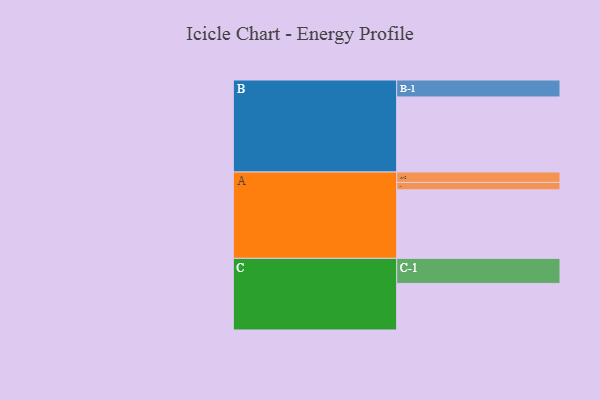
{"axis": {"x": "Segment", "y": "Value"}, "legend": ["", "A", "B", "C"], "data": [{"x": "A", "y": 481, "type": ""}, {"x": "B", "y": 527, "type": ""}, {"x": "C", "y": 327, "type": ""}, {"x": "A-1", "y": 52, "type": "A"}, {"x": "A-2", "y": 73, "type": "A"}, {"x": "B-1", "y": 119, "type": "B"}, {"x": "C-1", "y": 176, "type": "C"}]}